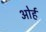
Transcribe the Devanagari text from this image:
ओर्ह